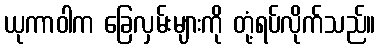
ယုကာဝါက ခြေလှမ်းများကို တုံ့ရပ်လိုက်သည်။